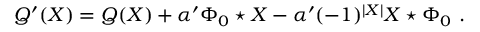
Q ^ { \prime } ( X ) = Q ( X ) + \alpha ^ { \prime } \Phi _ { 0 } \star X - \alpha ^ { \prime } ( - 1 ) ^ { | X | } X \star \Phi _ { 0 } \ .